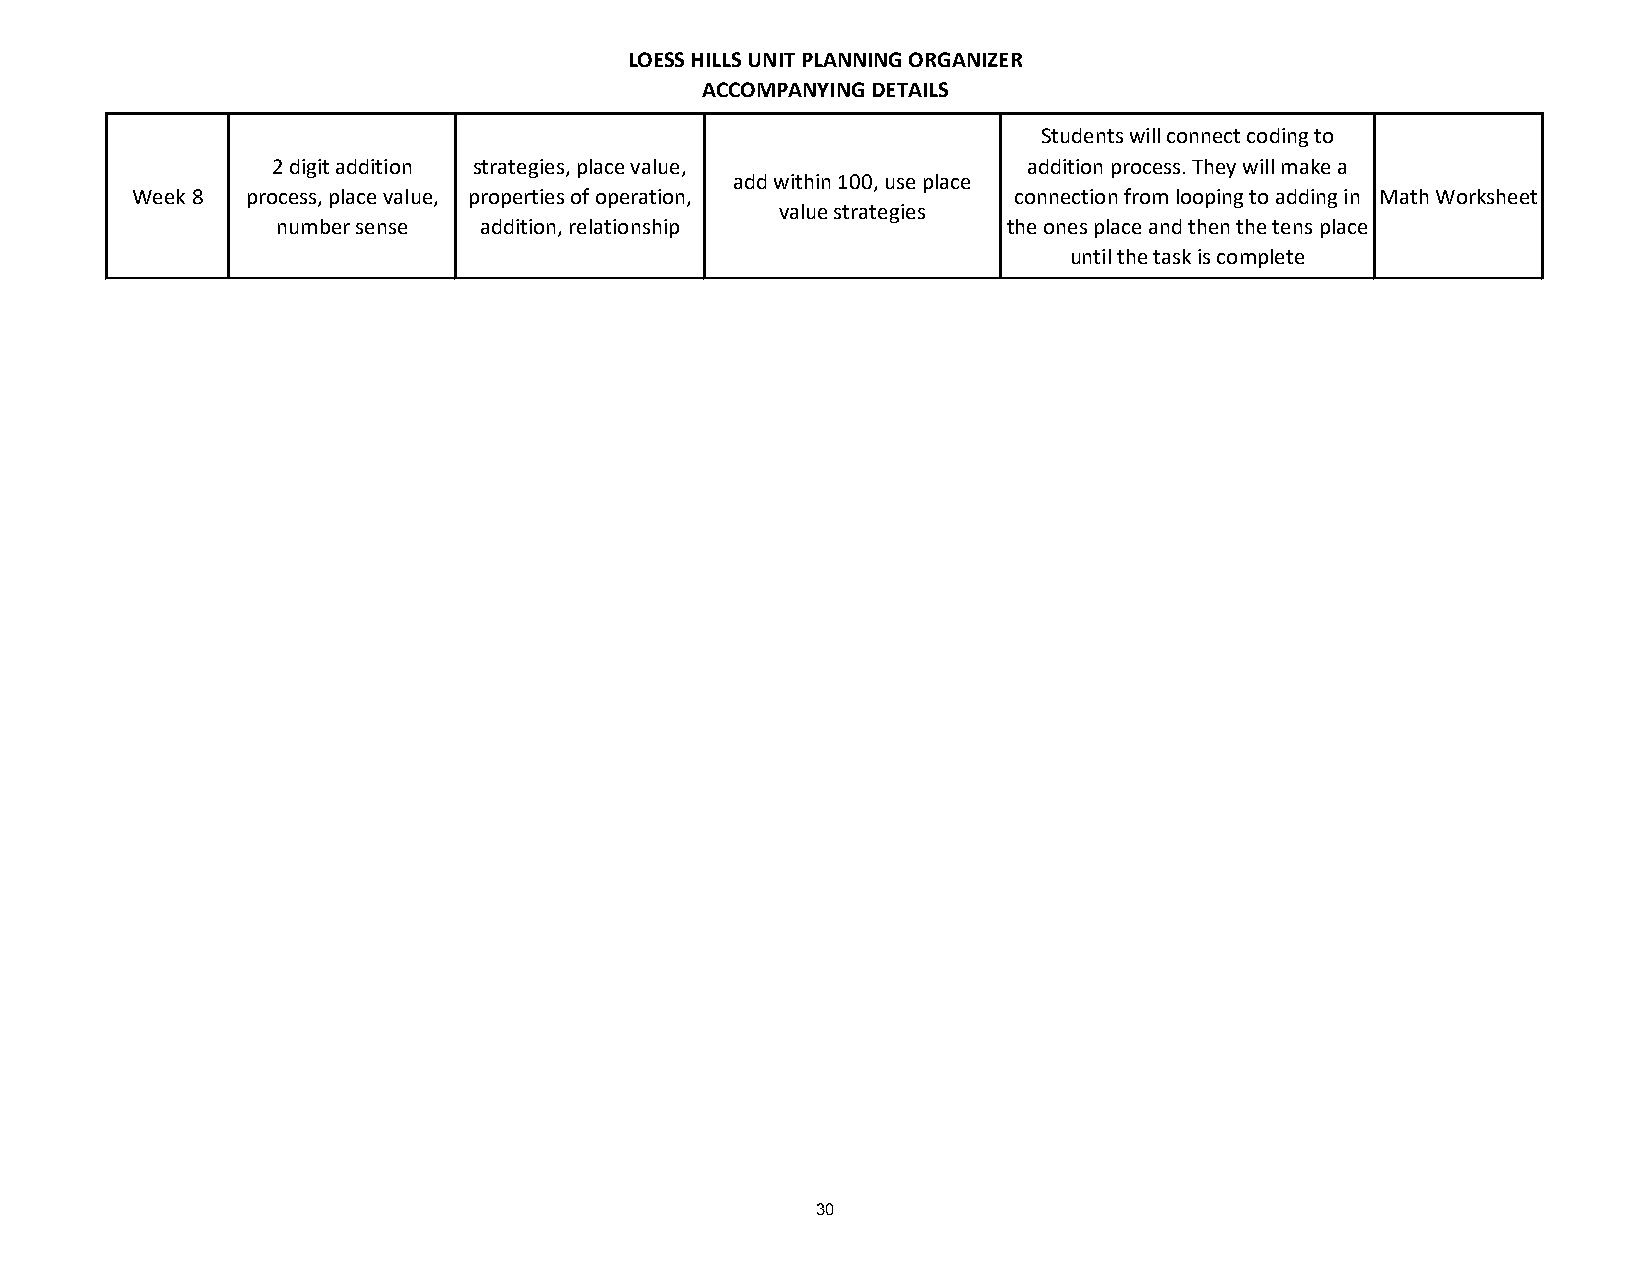
LOESS HILLS UNIT PLANNING ORGANIZER
 ACCOMPANYING DETAILS
 Students will connect coding to
 2 digit addition strategies, place value,         addition process. They will make a
 add within 100, use place
 Week 8 process, place value, properties of operation,     connection from looping to adding in Math Worksheet
 value strategies
 number sense  addition, relationship             the ones place and then the tens place
 until the task is complete
 30